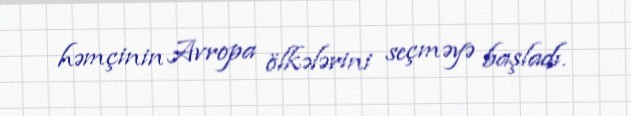
həmçinin Avropa ölkələrini seçməyə başladı.